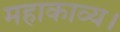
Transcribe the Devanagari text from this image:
महाकाव्य।